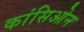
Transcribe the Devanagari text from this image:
कांसिओन